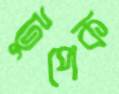
টুপেক